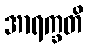
အာရက္ခတိ